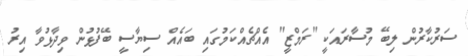
ސަރުކާރުން ލިބޭ މުސާރައަކީ "ރަމްޒީ" އެއްޗެއްކަމުގައި ބައެއް ސިޔާސީ ބޭފުޅުން ވިދާޅުވާ އިރު